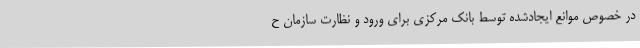
در خصوص موانع ایجادشده توسط بانک مرکزی برای ورود و نظارت سازمان ح